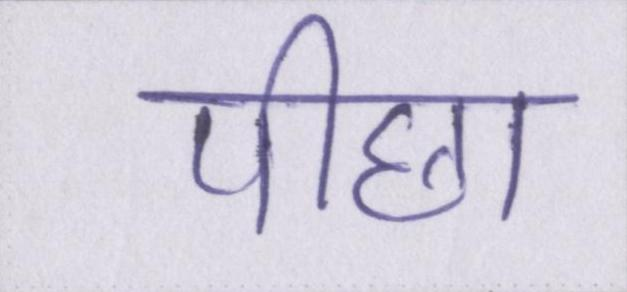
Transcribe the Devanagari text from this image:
पीछा